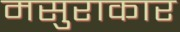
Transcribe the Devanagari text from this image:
मसुराकार